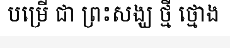
បម្រើ ជា ព្រះសង្ឃ ថ្មី ថ្មោង